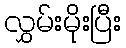
လွှမ်းမိုးပြီး